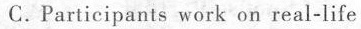
C. Participants work on real-life